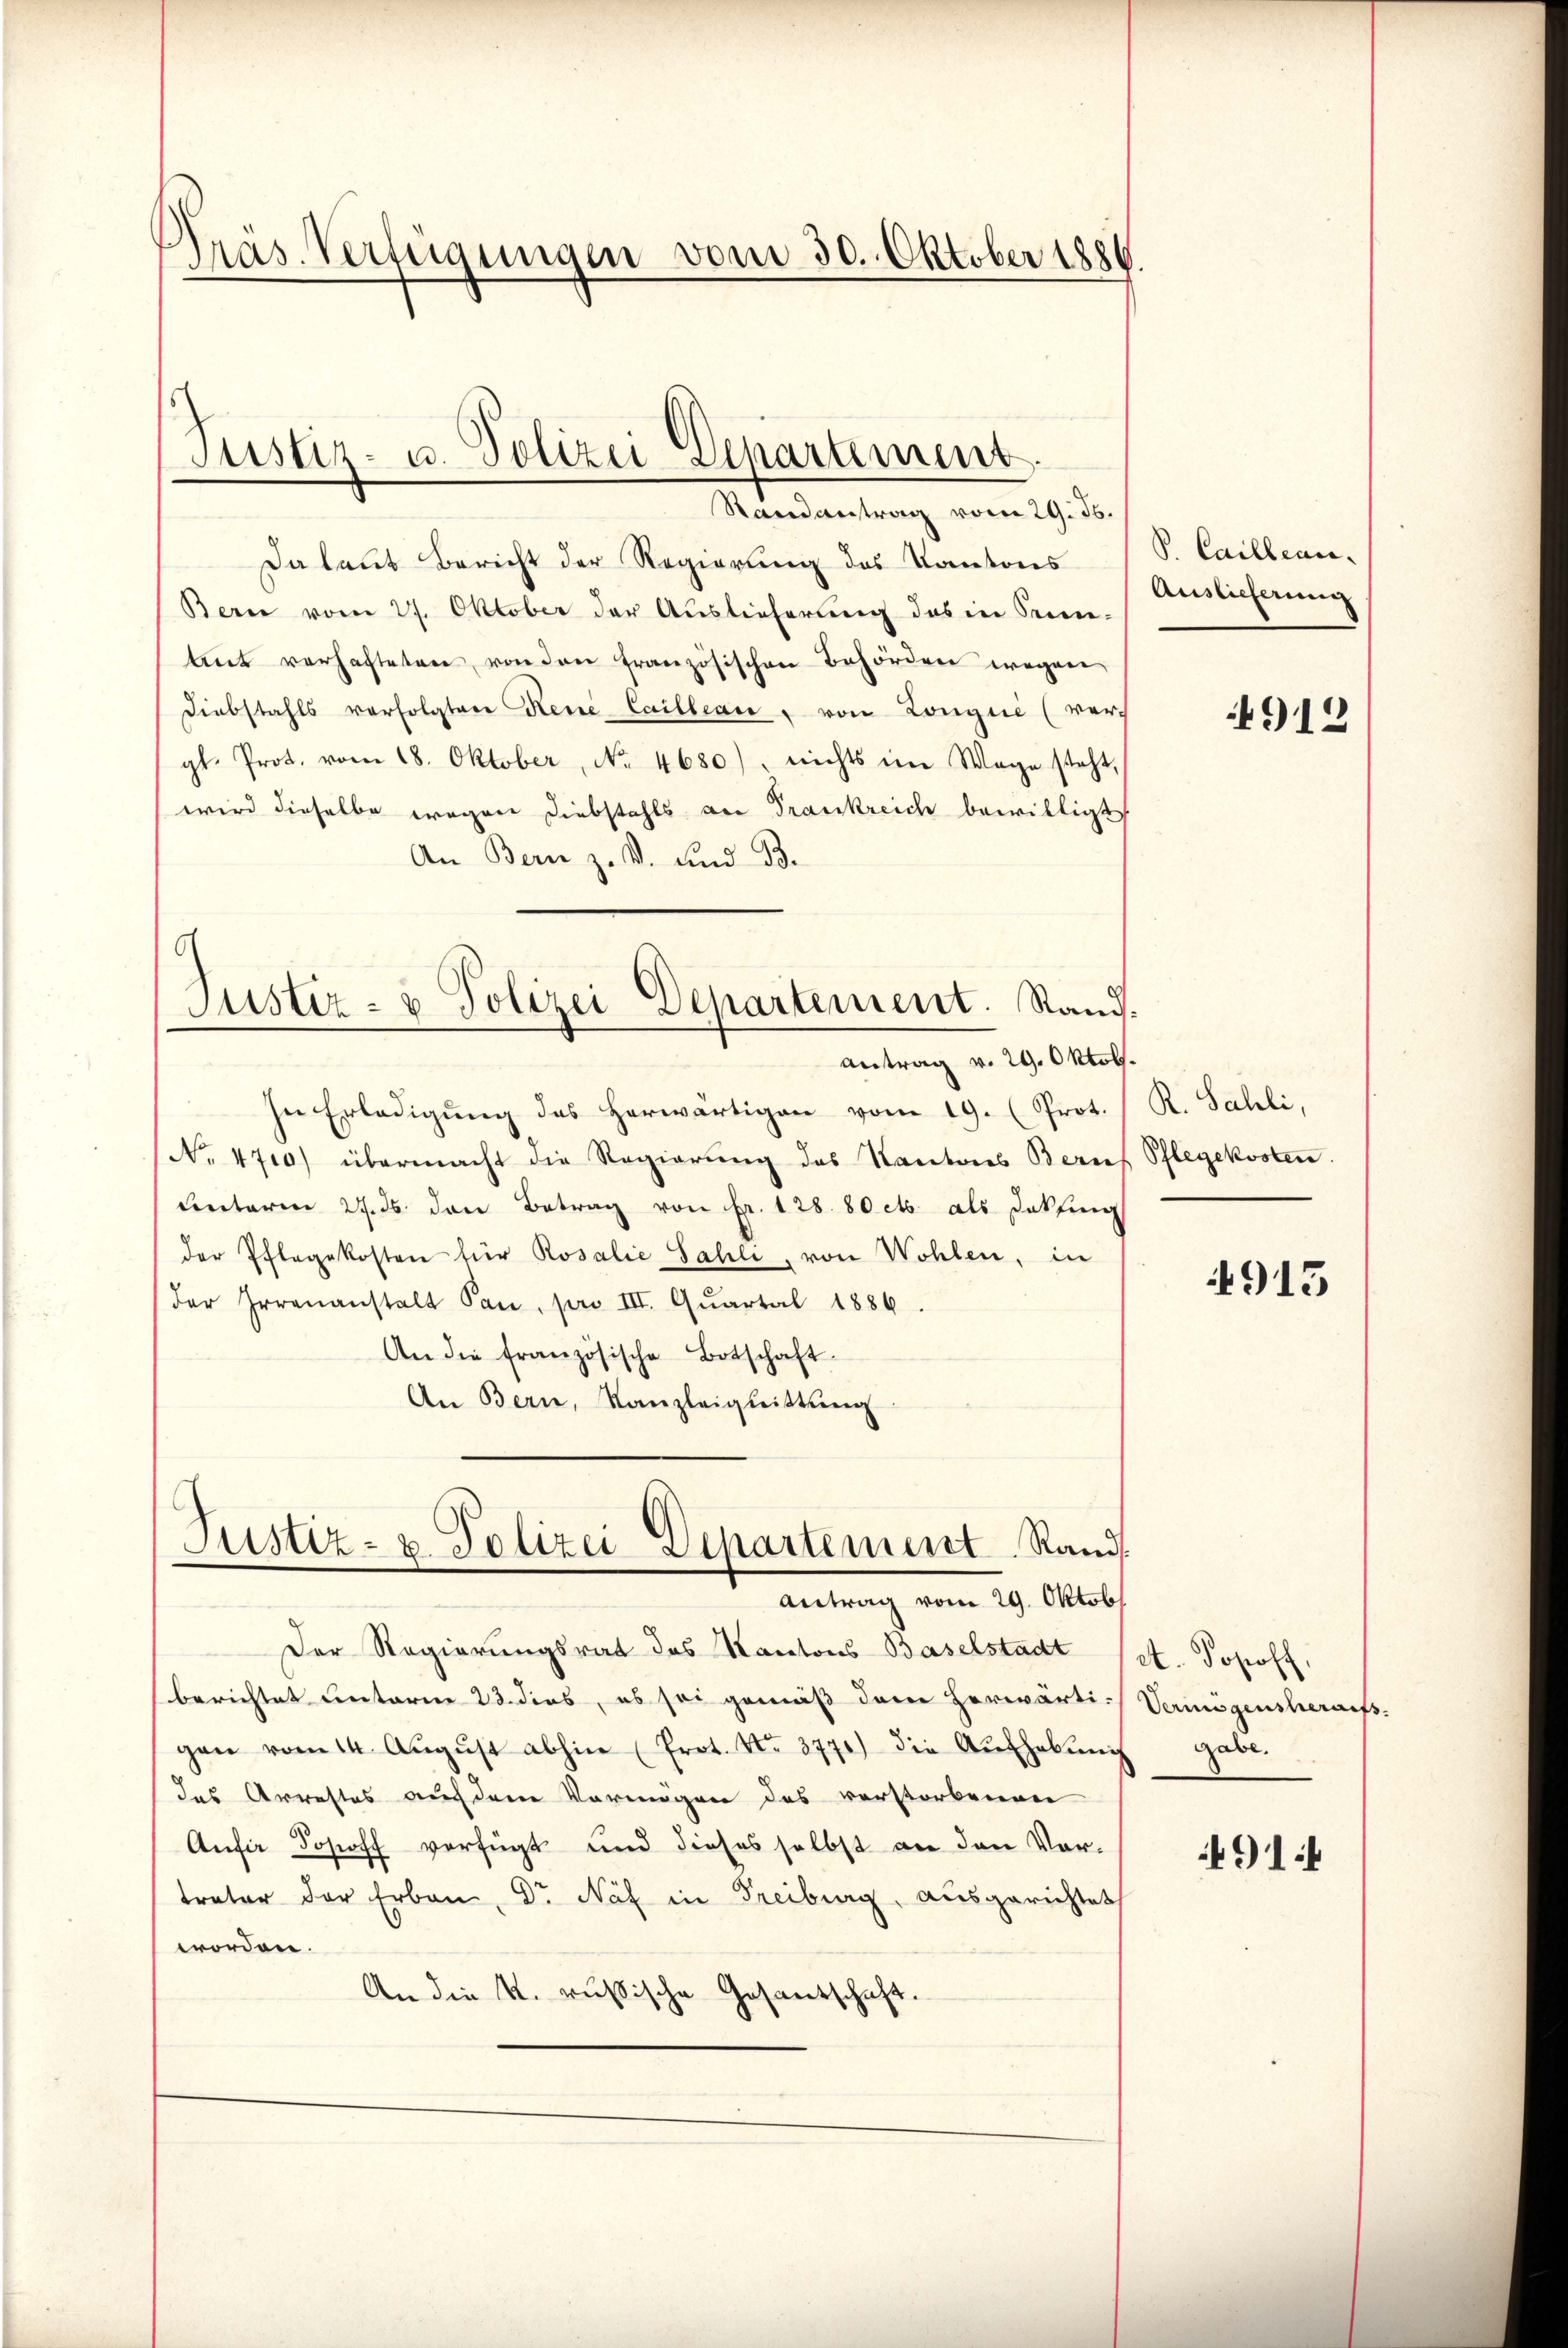
Präs. Verfügungen vom 30. Oktober 1886.

Justiz- u. Polizei Departement.

Randantrag vom 29. Js.
Da laut Bericht der Regierung des Kantons
Bern vom 27. Oktober der Auslieferung des in Seien-
tit verhafteten, von den französischen Behörden wegen
Diebstahls vorfolgten René Cailbeau von Longue (vergl. Prot. vom 18. Oktober, No. 4680), nichts im Wege steht,
wird dieselbe wegen Diebstahls an Frankreich bewilligt
An Bern z. B. und Bd.
Justiz- & Polizei Departement. Rau
Antrag v. 29. Okto
In Erledigung des herwärtigen vom 19. (Prot.
No. 4710) übermacht die Regierung des Kantons Bern
unterm 27. ds. den Betrag von Fr. 128. 80 et als Dakfing
der Pflegekosten für Rosalie Sahli, von Wohlen, in
der Irrenanstalt Pan, pro III. Quartal 1886.
An die französische Botschaft.
An Bern, Kanzleiglittŭng

Justiz- u. Polizei Departement Rands
Antrag vom 29. Oktobr.

Der Regierungsrat des Kantons-Baselstadt
berichtet unterm 23. dies, es sei gemäß dem herwärti-
gen vom 14. Aŭgŭst abhin (Prot. No. 3770) die Aŭfhebŭng gabe.
das Arrestes auch dem Vermögen des verstorbenen
Aufir Josoff verfügt und dieses selbst an den Vor-
treter der Erben. Dr Näf in Freiburg, ausgerichtet
worden.
An die k. russische Gesantschaft.

V Caillean
Auslieferung

.

4912

.
R. Sahli,
f Pflegekosten.

4915

et. Josoff,
Vermögensheraufs.

491:4